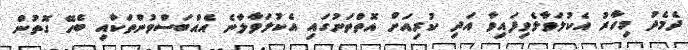
ދެމެދު މިހާރު އެކުލަވާލެވިފައިވާ އަދި ކުރިއަށް އޮތްތަނުގައި އެކުލަވާލާނެ އެއްބަސްވުންތަކާއި ބެހޭ ގޮތުން